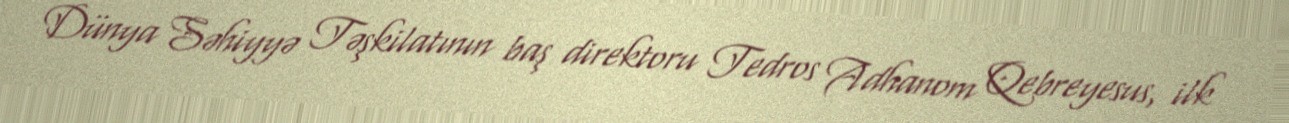
Dünya Səhiyyə Təşkilatının baş direktoru Tedros Adhanom Qebreyesus, ilk